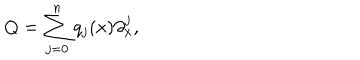
Q = \sum _ { j = 0 } ^ { n } q _ { j } ( x ) \partial _ { x } ^ { j } ,